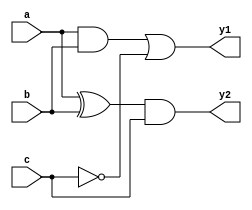
module combinational_logic (
    input wire a,
    input wire b,
    input wire c,
    output reg y1,
    output reg y2
);

// Always block sensitive to changes in inputs a, b, or c
always @ (a, b, c) begin
    // Default values for outputs
    y1 = 1'b0;
    y2 = 1'b0;

    // Combinational logic for output y1
    y1 = (a & b) | (~c); // Example logic: y1 is true if a AND b is true OR c is false

    // Combinational logic for output y2
    y2 = (a ^ b) & c; // Example logic: y2 is true if a XOR b is true AND c is true
end

endmodule